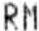
RM